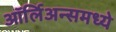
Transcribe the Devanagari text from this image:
ऑर्लिअन्समध्ये